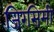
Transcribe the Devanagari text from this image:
जिरसिमी